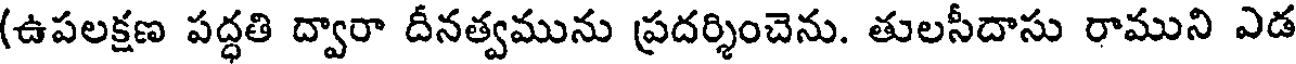
(ఉపలక్షణ పద్ధతి ద్వారా దీనత్వమును ప్రదర్శించెను. తులసీదాసు రాముని ఎడ